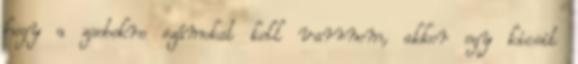
hogy a zsebekre számokat kell varrnom, akkor egy kicsit